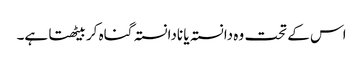
اس کے تحت وہ دانستہ یا نادانستہ گناہ کر بیٹھتا ہے۔